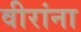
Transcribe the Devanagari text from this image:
वीरांना